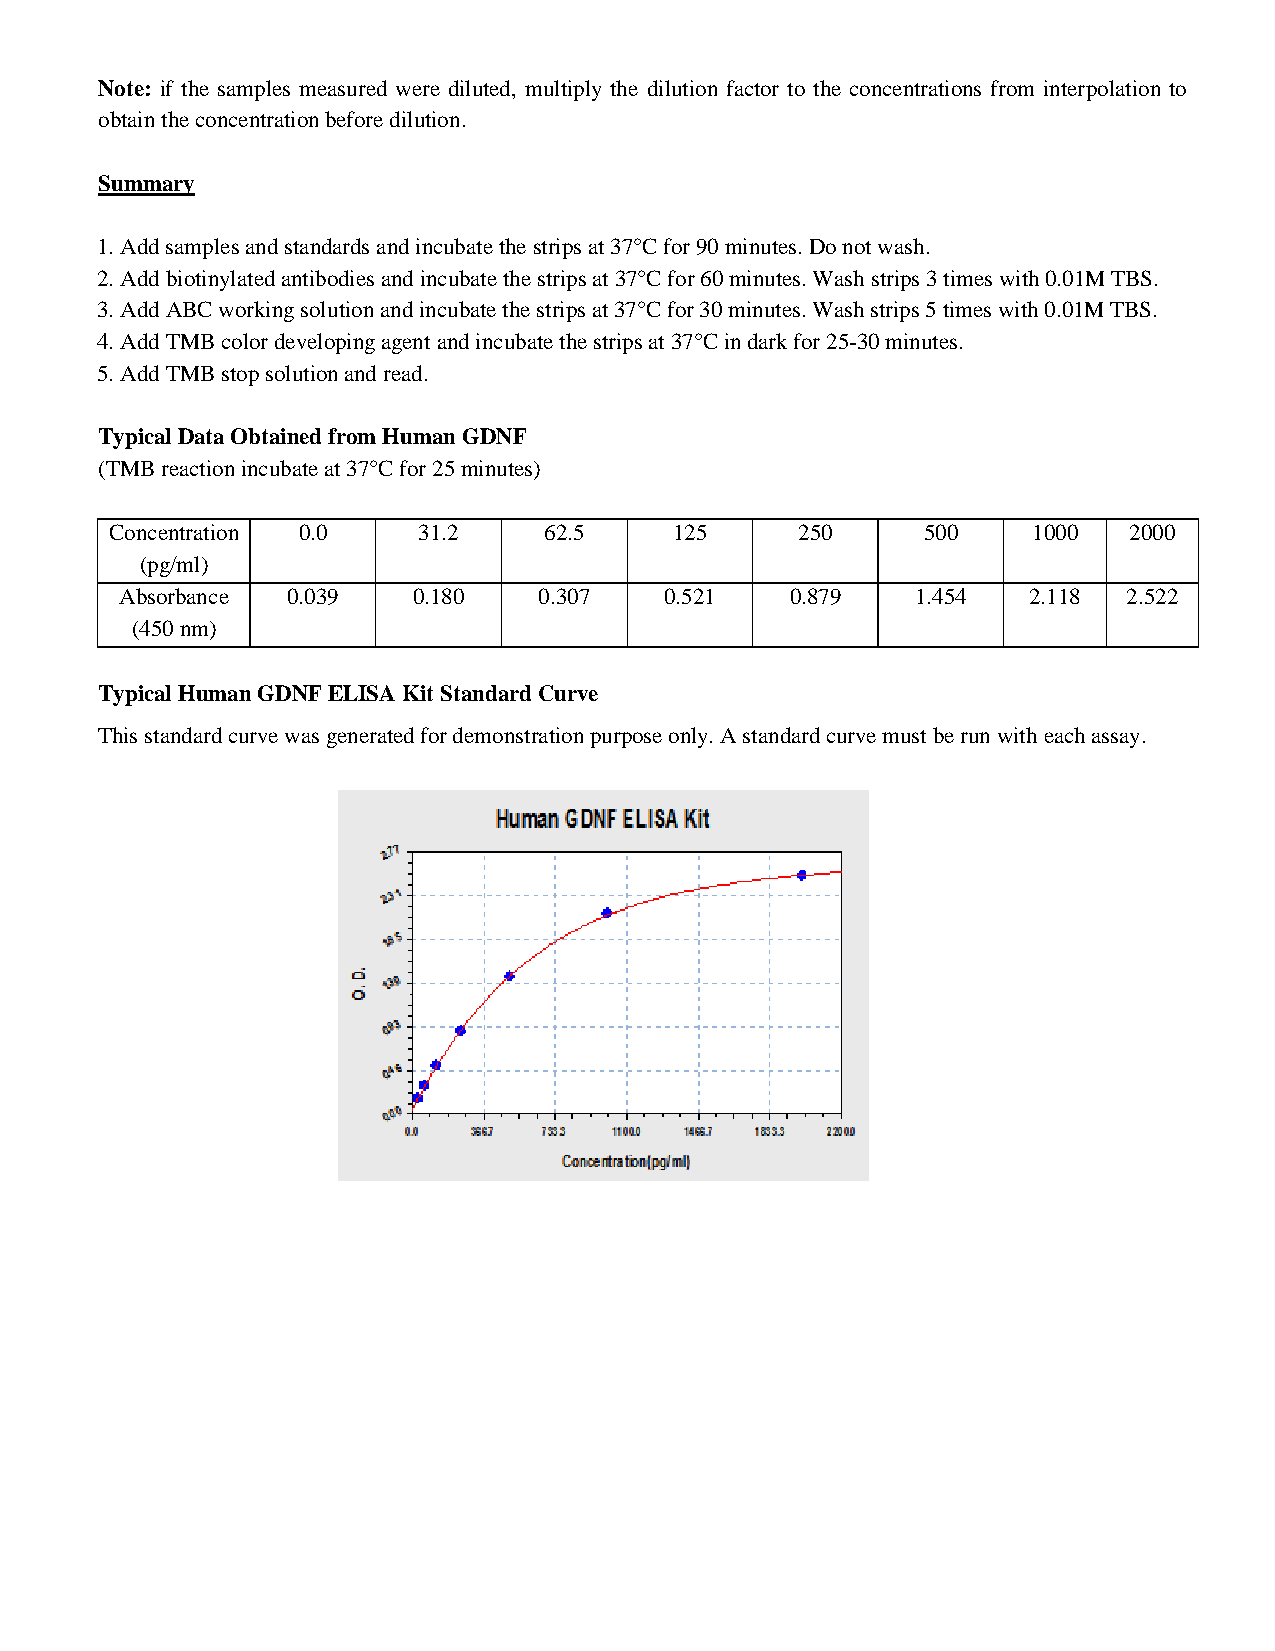
Note: if the samples measured were diluted, multiply the dilution factor to the concentrations from interpolation to
 obtain the concentration before dilution.
 Summary
 1. Add samples and standards and incubate the strips at 37°C for 90 minutes. Do not wash.
 2. Add biotinylated antibodies and incubate the strips at 37°C for 60 minutes. Wash strips 3 times with 0.01M TBS.
 3. Add ABC working solution and incubate the strips at 37°C for 30 minutes. Wash strips 5 times with 0.01M TBS.
 4. Add TMB color developing agent and incubate the strips at 37°C in dark for 25-30 minutes.
 5. Add TMB stop solution and read.
 Typical Data Obtained from Human GDNF
 (TMB reaction incubate at 37°C for 25 minutes)
 Concentration 0.0    31.2    62.5     125     250     500    1000   2000
 (pg/ml)
 Absorbance 0.039   0.180    0.307   0.521   0.879    1.454  2.118  2.522
 (450 nm)
 Typical Human GDNF ELISA Kit Standard Curve
 This standard curve was generated for demonstration purpose only. A standard curve must be run with each assay.